Report on lock hospitals in British Burma
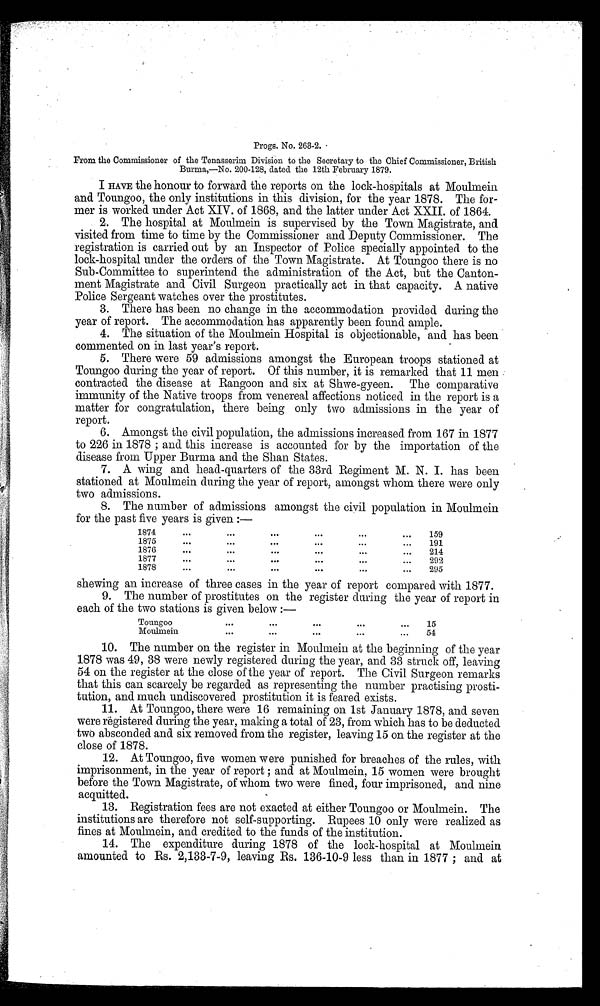
Progs. No. 263-2.
From the Commissioner of the Tenasserim Division to the Secretary to the Chief Commissioner, British
Burma,—No. 200-128, dated the 12th February 1879.
I HAVE the honour to forward the reports on the lock-hospitals at Moulmein
and Toungoo, the only institutions in this division, for the year 1878. The for
mer is worked under Act XIV. of 1868, and the latter under Act XXII. of 1864.
2. The hospital at Moulmein is supervised by the Town Magistrate, and
visited from time to time by the Commissioner and Deputy Commissioner. The
registration is carried out by an Inspector of Police specially appointed to the
lock-hospital under the orders of the Town Magistrate. At Toungoo there is no
Sub-Committee to superintend the administration of the Act, but the Canton
ment Magistrate and Civil Surgeon practically act in that capacity. A native
Police Sergeant watches over the prostitutes.
3. There has been no change in the accommodation provided during the
year of report. The accommodation has apparently been found ample.
4. The situation of the Moulmein Hospital is objectionable, and has been
commented on in last year's report.
5. There were 59 admissions amongst the European troops stationed at
Toungoo during the year of report. Of this number, it is remarked that 11 men
contracted the disease at Rangoon and six at Shwe-gyeen. The comparative
immunity of the Native troops from venereal affections noticed in the report is a
matter for congratulation, there being only two admissions in the year of
report.
6. Amongst the civil population, the admissions increased from 167 in 1877
to 226 in 1878 ; and this increase is accounted for by the importation of the
disease from Upper Burma and the Shan States.
7. A wing and head-quarters of the 33rd Regiment M. N. I. has been
stationed at Moulmein during the year of report, amongst whom there were only
two admissions.
8. The number of admissions amongst the civil population in Moulmein
for the past five years is given :—
1874
...
...
. . .
. . .
159
1875
. . . . . .
. . .
. . .
. . .
191
1876
. . . . . .
...
...
214
1877
. . . . . .
. . .
...
. . .
...
292
1878 ...
. . .
...
...
...
...
295
shewing an increase of three cases in the year of report compared with 1877.
9. The number of prostitutes on the register during the year of report in
each of the two stations is given below :—
Toungoo
. . .
...
...
...
...
15
Moulmein
...
...
...
...
...
54
10. The number on the register in Moulmein at the beginning of the year
1878 was 49, 38 were newly registered during the year, and 33 struck off, leaving
54 on the register at the close of the year of report. The Civil Surgeon remarks
that this can scarcely be regarded as representing the number practising prosti-
tution, and much undiscovered prostitution it is feared exists.
11. At Toungoo, there were 16 remaining on 1st January 1878, and seven
were registered during the year, making a total of 23, from which has to be deducted
two absconded and six removed from the register, leaving 15 on the register at the
close of 1878.
12. At Toungoo, five women were punished for breaches of the rules, with
imprisonment, in the year of report ; and at Moulmein, 15 women were brought
before the Town Magistrate, of whom two were fined, four imprisoned, and nine
acquitted.
13. Registration fees are not exacted at either Toungoo or Moulmein. The
institutions are therefore not self-supporting. Rupees 10 only were realized as
fines at Moulmein, and credited to the funds of the institution.
14. The expenditure during 1878 of the lock-hospital at Moulmein
amounted to Rs. 2,133-7-9, leaving Rs. 136-10-9 less than in 1877 ; and at